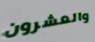
والعشرون